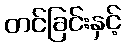
တင်ခြင်းနှင့်